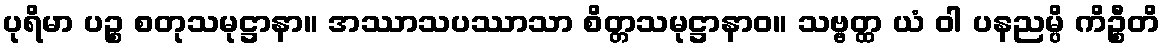
ပုရိမာ ပဉ္စ စတုသမုဋ္ဌာနာ။ အဿာသပဿာသာ စိတ္တသမုဋ္ဌာနာဝ။ သဗ္ဗတ္ထ ယံ ဝါ ပနညမ္ပိ ကိဉ္စီတိ